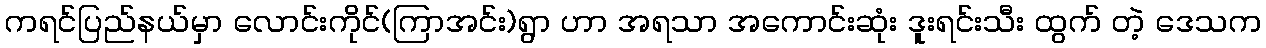
ကရင်ပြည်နယ်မှာ လောင်းကိုင်(ကြာအင်း)ရွာ ဟာ အရသာ အကောင်းဆုံး ဒူးရင်းသီး ထွက် တဲ့ ဒေသက